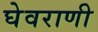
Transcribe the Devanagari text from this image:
घेवराणी